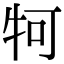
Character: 牱